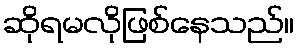
ဆိုရမလိုဖြစ်နေသည်။